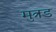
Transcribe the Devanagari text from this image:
मुत्रड